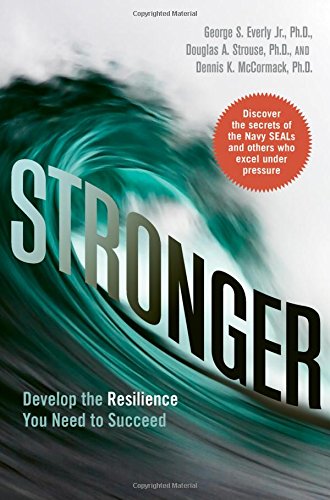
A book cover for Stronger: Develop the Resilience You Need to Succeed; Dr. George S. Everly Jr.; History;